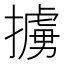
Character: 擄